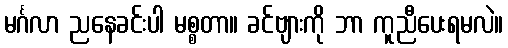
မင်္ဂလာ ညနေခင်းပါ မစ္စတာ။ ခင်ဗျားကို ဘာ ကူညီပေးရမလဲ။